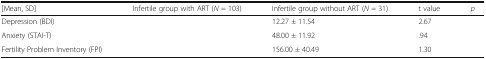
<table><thead><tr><td><b>[Mean, SD]</b></td><td><b>Infertile group with ART (<i>N</i> = 103)</b></td><td><b>Infertile group without ART (<i>N</i> = 31)</b></td><td><b>t value</b></td><td><b><i>p</i></b></td></tr></thead><tbody><tr><td>Depression (BDI)</td><td>[EMPTY_CELL]</td><td>12.27 ± 11.54</td><td>2.67</td><td>[EMPTY_CELL]</td></tr><tr><td>Anxiety (STAI-T)</td><td>[EMPTY_CELL]</td><td>48.00 ± 11.92</td><td>.94</td><td>[EMPTY_CELL]</td></tr><tr><td>Fertility Problem Inventory (FPI)</td><td>[EMPTY_CELL]</td><td>156.00 ± 40.49</td><td>1.30</td><td>[EMPTY_CELL]</td></tr></tbody></table>